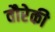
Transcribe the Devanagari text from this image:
वौरेकी